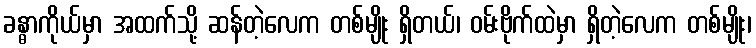
ခန္ဓာကိုယ်မှာ အထက်သို့ ဆန်တဲ့လေက တစ်မျိုး ရှိတယ်၊ ဝမ်းဗိုက်ထဲမှာ ရှိတဲ့လေက တစ်မျိုး၊